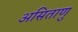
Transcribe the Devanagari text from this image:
असिताणु